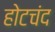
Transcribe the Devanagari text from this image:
होटचंद